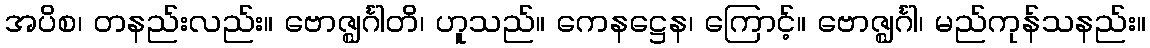
အပိစ၊ တနည်းလည်း။ ဗောဇ္ဈင်္ဂါတိ၊ ဟူသည်။ ကေနဋ္ဌေန၊ ကြောင့်။ ဗောဇ္ဈင်္ဂါ၊ မည်ကုန်သနည်း။